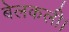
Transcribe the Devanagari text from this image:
बेलकली।